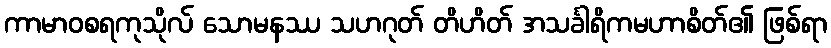
ကာမာဝစရကုသိုလ် သောမနဿ သဟဂုတ် တိဟိတ် အသင်္ခါရိကမဟာစိတ်၏ ဖြစ်ရာ